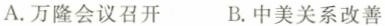
A. 万隆会议召开 B. 中美关系改善